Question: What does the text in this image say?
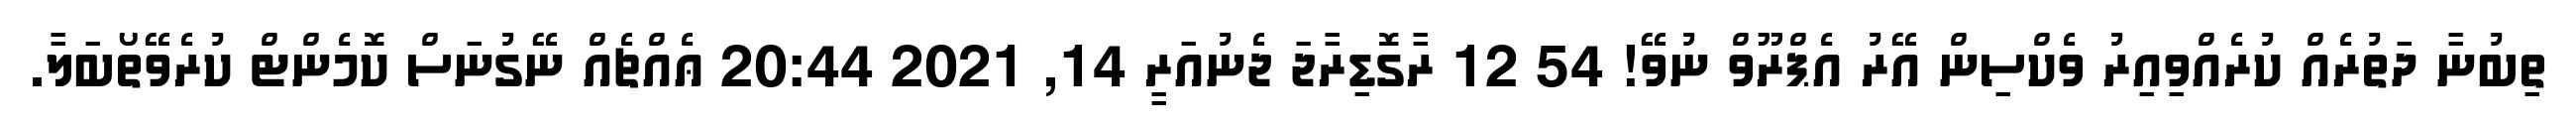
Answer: ތިބުނާ ދަތުރެއް ކުރެއްވިއިރު ވެކްސިން އޭރު އެޕްރޫވް ނުވޭ! 54 12 ރާގޮޑިރާޖަ ޖެނުއަރީ 14, 2021 20:44 ޢެއްޗެއް ނޭގުނަސް ކޮމެންޓް ކުރެވޭތޯބަލާ.